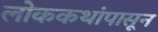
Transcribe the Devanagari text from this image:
लोककथांपासून